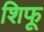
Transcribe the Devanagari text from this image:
शिफू